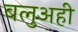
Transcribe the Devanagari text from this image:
बलुअही